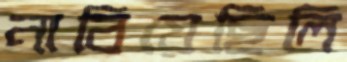
নাবিয়েছিলি